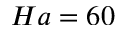
H a = 6 0